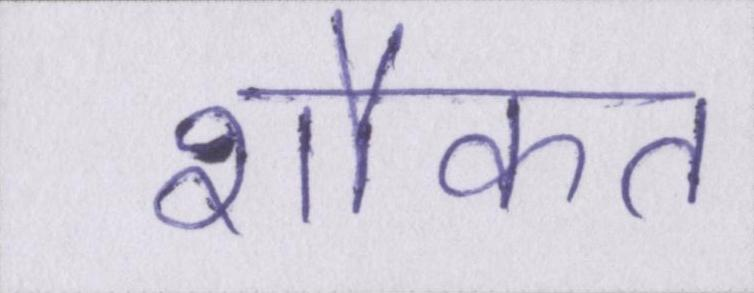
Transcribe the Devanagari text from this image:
शौकत